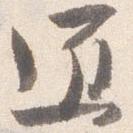
匠